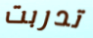
تدربت